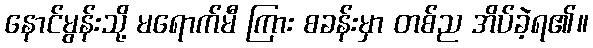
နောင်မွန်းသို့ မရောက်မီ ကြား စခန်းမှာ တစ်ည အိပ်ခဲ့ရ၏။